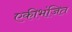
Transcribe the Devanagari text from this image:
एकीभंजित